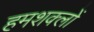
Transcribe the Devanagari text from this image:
हमशक्लों